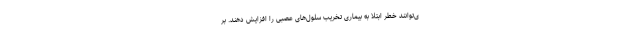
ی‌توانند خطر ابتلا به بیماری تخریب سلول‌های عصبی را افزایش دهند. بر